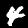
Digit: 4